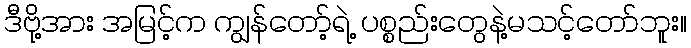
ဒီဗို့အား အမြင့်က ကျွန်တော့်ရဲ့ ပစ္စည်းတွေနဲ့မသင့်တော်ဘူး။